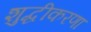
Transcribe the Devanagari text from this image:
शुद्धीकरणा